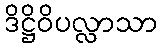
ဒိဋ္ဌိဝိပလ္လာသာ